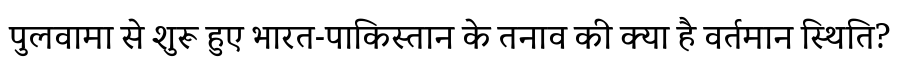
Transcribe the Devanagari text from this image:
पुलवामा से शुरू हुए भारत-पाकिस्तान के तनाव की क्या है वर्तमान स्थिति?